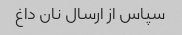
سپاس از ارسال نان داغ